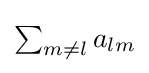
{\textstyle \sum _{m\neq l}a_{lm}}